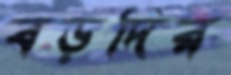
বড়দির